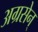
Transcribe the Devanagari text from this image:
अग्रसेन्